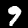
Label: 9